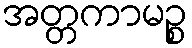
အတ္တကာမဉ္စ